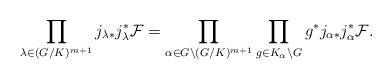
\begin{align*} \prod_{\lambda\in (G/K)^{m+1}}j_{\lambda*}j_\lambda^*\mathcal{F} =\prod_{\alpha\in G\backslash(G/K)^{m+1}}\prod_{g\in K_\alpha\backslash G}g^*j_{\alpha*}j_\alpha^*\mathcal{F}. \end{align*}